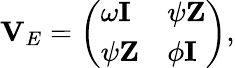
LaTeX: \mathbf{V}_{E}=\left(\begin{array}{ll}{\omega\mathbf{I}}&{\psi\mathbf{Z}}\\ {\psi\mathbf{Z}}&{\phi\mathbf{I}}\end{array}\right),